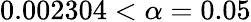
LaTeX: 0.002304<\alpha=0.05